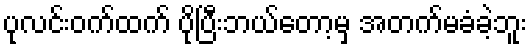
ပုလင်းဝက်ထက် ပိုပြီးဘယ်တော့မှ အတက်မခံခဲ့ဘူး